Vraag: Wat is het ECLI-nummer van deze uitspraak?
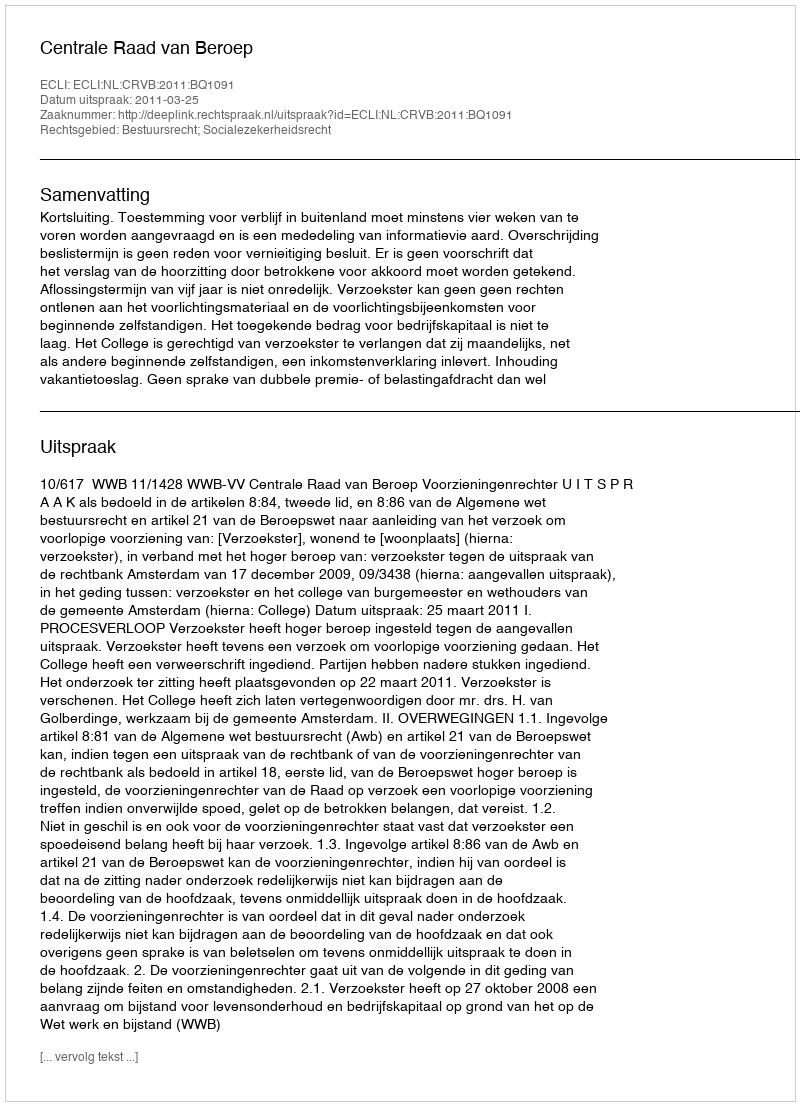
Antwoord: ECLI:NL:CRVB:2011:BQ1091